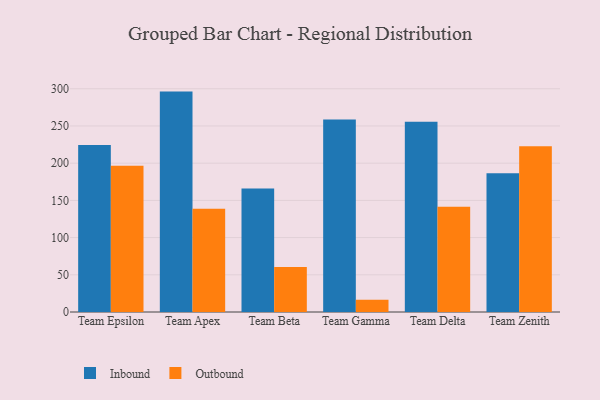
{"axis": {"x": "Team", "y": "Satisfaction Score"}, "legend": ["Inbound", "Outbound"], "data": [{"x": "Team Epsilon", "y": 224.5, "type": "Inbound"}, {"x": "Team Epsilon", "y": 196.5, "type": "Outbound"}, {"x": "Team Apex", "y": 296.2, "type": "Inbound"}, {"x": "Team Apex", "y": 138.7, "type": "Outbound"}, {"x": "Team Beta", "y": 166.1, "type": "Inbound"}, {"x": "Team Beta", "y": 60.4, "type": "Outbound"}, {"x": "Team Gamma", "y": 258.6, "type": "Inbound"}, {"x": "Team Gamma", "y": 16.3, "type": "Outbound"}, {"x": "Team Delta", "y": 255.6, "type": "Inbound"}, {"x": "Team Delta", "y": 141.5, "type": "Outbound"}, {"x": "Team Zenith", "y": 186.4, "type": "Inbound"}, {"x": "Team Zenith", "y": 222.8, "type": "Outbound"}]}